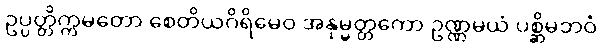
ဥပ္ပတ္တိက္ကမတော စေတိယဂိရိမေဝ အနုမ္မတ္တကော ဥဏ္ဏမယံ ပစ္ဆိမဘဝံ